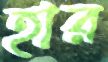
হার